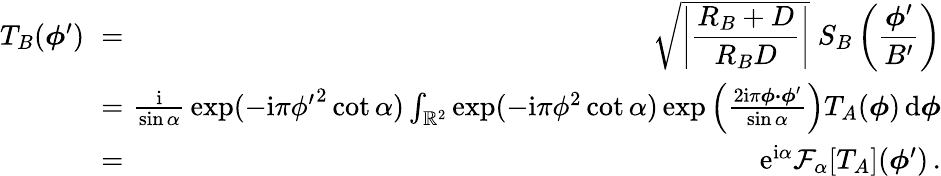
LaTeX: \begin{array}{rlr}{T_{B}(\boldsymbol\phi^{\prime})\! \! \! \! }&{{}=}&{\! \! \! \! \sqrt{\displaystyle\left|\frac{R_{B}+D}{R_{B}D}\right|}\; S_{B}\left(\displaystyle{\frac{\boldsymbol\phi^{\prime}}{B^{\prime}}}\right)}\\ {\! \! \! \! }&{{}=}&{\! \! \! \! {\frac{\mathrm{i}}{\sin\alpha}}\exp(-\mathrm{i}\pi{\phi^{\prime}}^{2}\cot\alpha)\int_{{\mathbb R}^{2}}\exp(-\mathrm{i}\pi\phi^{2}\cot\alpha)\exp\left({\frac{2\mathrm{i}\pi\boldsymbol\phi\boldsymbol\cdot\boldsymbol\phi^{\prime}}{\sin\alpha}}\right)T_{A}(\boldsymbol\phi)\, \mathrm{d}\boldsymbol\phi}\\ {\! \! \! \! }&{{}=}&{\! \! \! \! \mathrm{e}^{\mathrm{i}\alpha}{\mathcal F}_{\alpha}[T_{A}](\boldsymbol\phi^{\prime})\, .}\end{array}